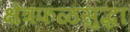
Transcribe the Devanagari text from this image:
क्षेत्रफळसुद्धा